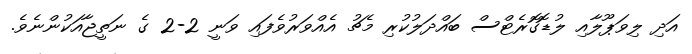
އަދި ލިވަޕޫލާއި ލުޑޮގޮރެޓްސް ބައްދަލުކުރި މެޗު އެއްވަރުވެފައި ވަނީ 2-2 ގެ ނަތީޖާއަކުންނެވެ.